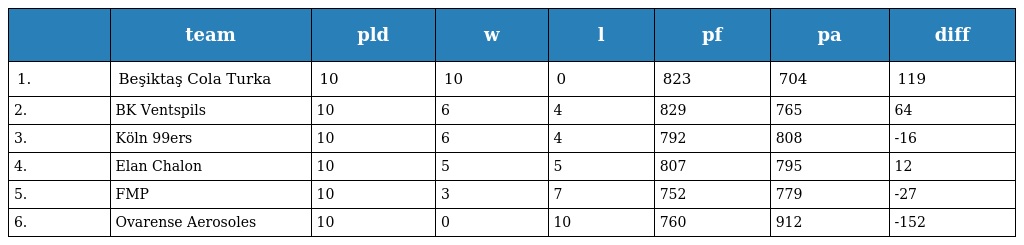
|  | team | pld | w | l | pf | pa | diff |
 | --- | --- | --- | --- | --- | --- | --- | --- |
 | 1. | Beşiktaş Cola Turka | 10 | 10 | 0 | 823 | 704 | 119 |
 | 2. | BK Ventspils | 10 | 6 | 4 | 829 | 765 | 64 |
 | 3. | Köln 99ers | 10 | 6 | 4 | 792 | 808 | -16 |
 | 4. | Elan Chalon | 10 | 5 | 5 | 807 | 795 | 12 |
 | 5. | FMP | 10 | 3 | 7 | 752 | 779 | -27 |
 | 6. | Ovarense Aerosoles | 10 | 0 | 10 | 760 | 912 | -152 |